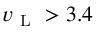
v _ { \mathrm { ~ L ~ } } > 3 . 4